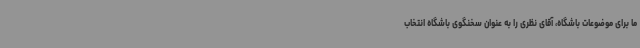
ما برای موضوعات باشگاه، آقای نظری را به عنوان سخنگوی باشگاه انتخاب